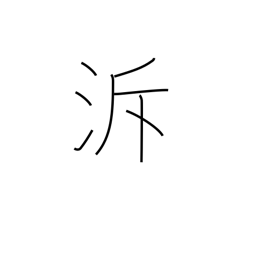
Meaning: go upstream